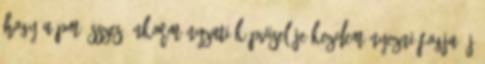
hogy a PM összes önkormányzati képviselője kezdeményezni fogja új